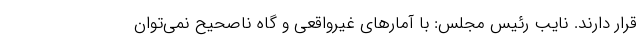
قرار دارند. نایب رئیس مجلس: با آمارهای غیرواقعی و گاه ناصحیح نمی‌توان